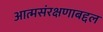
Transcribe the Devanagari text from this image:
आत्मसंरक्षणाबद्दल